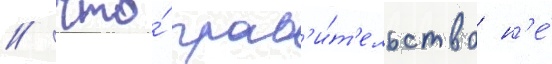
/ что́ прав'и́т'ельство н'е́